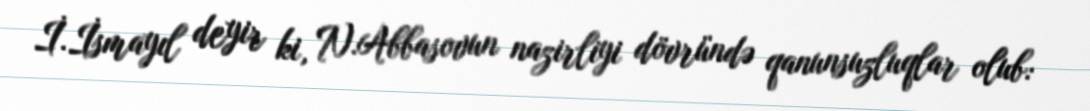
İ.İsmayıl deyir ki, N.Abbasovun nazirliyi dövründə qanunsuzluqlar olub: